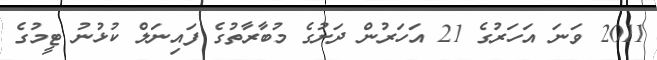
2011 ވަނަ އަހަރުގެ 21 އަހަރުން ދަށުގެ މުބާރާތުގެ ފައިނަލް ކުޅުނު ޓީމުގެ